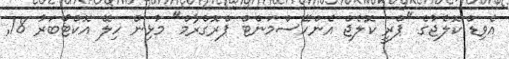
އެވިޑް ކޮލެޖުގެ "ޕްރީ ކޮލެޖް އެންހޭސްމަންޓް ޕްރޮގްރާމް" މުޅިން ހިލޭ އޮކްޓޯބަރު 18